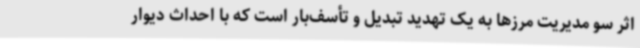
اثر سو مدیریت مرزها به یک تهدید تبدیل و تأسف‌بار است که با احداث دیوار